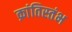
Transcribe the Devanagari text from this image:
क्रांतिस्तंभ